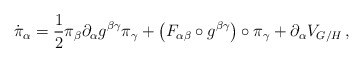
\begin{align*}\dot{\pi}_{\alpha}=\frac{1}{2}\pi_{\beta} \partial_{\alpha} g^{\beta\gamma} \pi_{\gamma}+\left( F_{\alpha\beta}\circ g^{\beta\gamma} \right) \circ \pi_{\gamma}+\partial_{\alpha} V_{G/H}\,,\end{align*}